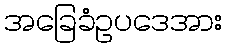
အခြေခံဥပဒေအား